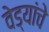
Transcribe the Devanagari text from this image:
वेड्यांचे